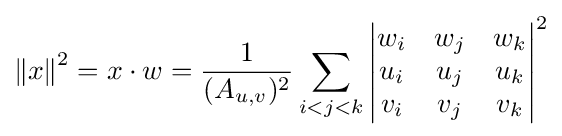
{\Vert x\Vert }^{2}=x\cdot w={\frac {1}{(A_{u,v})^{2}}}\sum _{i<j<k}{\begin{vmatrix}w_{i}&w_{j}&w_{k}\\u_{i}&u_{j}&u_{k}\\v_{i}&v_{j}&v_{k}\\\end{vmatrix}}^{2}